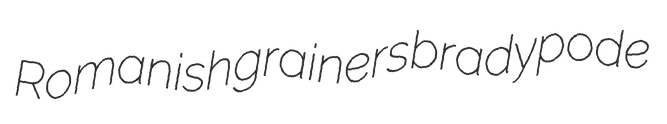
Romanish grainers bradypode